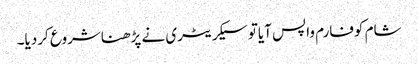
شام کوفارم واپس آیاتو سیکریٹری نے پڑھناشروع کردیا۔